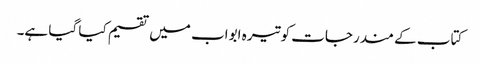
کتاب کے مندرجات کو تیرہ ابواب میں تقسیم کیا گیا ہے۔